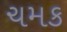
ચમક